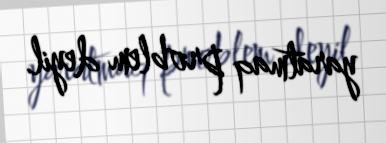
yaratmaq problem deyil.